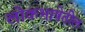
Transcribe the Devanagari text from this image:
लोकभाषेतील